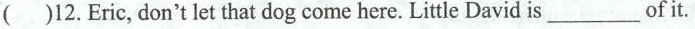
( )12.Eric,don't let that dog come here. Little David is___of it.